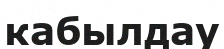
кабылдау